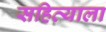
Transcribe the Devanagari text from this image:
सहित्याला